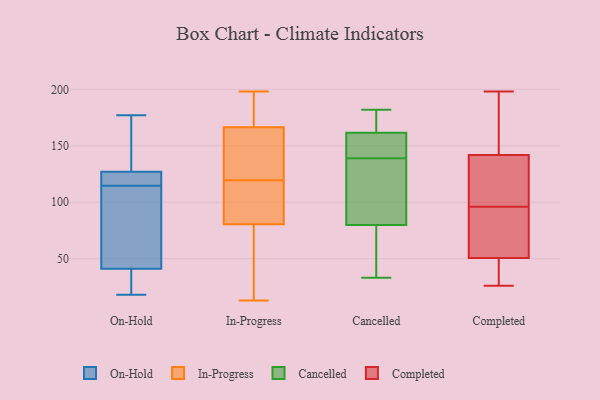
{"axis": {"x": "Satisfaction Score", "y": "Value"}, "legend": ["Cancelled", "Completed", "In-Progress", "On-Hold"], "data": [{"x": "", "y": 28, "type": "On-Hold"}, {"x": "", "y": 177, "type": "On-Hold"}, {"x": "", "y": 18, "type": "On-Hold"}, {"x": "", "y": 88, "type": "On-Hold"}, {"x": "", "y": 41, "type": "On-Hold"}, {"x": "", "y": 168, "type": "On-Hold"}, {"x": "", "y": 125, "type": "On-Hold"}, {"x": "", "y": 112, "type": "On-Hold"}, {"x": "", "y": 127, "type": "On-Hold"}, {"x": "", "y": 117, "type": "On-Hold"}, {"x": "", "y": 198, "type": "In-Progress"}, {"x": "", "y": 121, "type": "In-Progress"}, {"x": "", "y": 97, "type": "In-Progress"}, {"x": "", "y": 118, "type": "In-Progress"}, {"x": "", "y": 183, "type": "In-Progress"}, {"x": "", "y": 13, "type": "In-Progress"}, {"x": "", "y": 150, "type": "In-Progress"}, {"x": "", "y": 152, "type": "In-Progress"}, {"x": "", "y": 96, "type": "In-Progress"}, {"x": "", "y": 65, "type": "In-Progress"}, {"x": "", "y": 55, "type": "In-Progress"}, {"x": "", "y": 181, "type": "In-Progress"}, {"x": "", "y": 168, "type": "Cancelled"}, {"x": "", "y": 154, "type": "Cancelled"}, {"x": "", "y": 35, "type": "Cancelled"}, {"x": "", "y": 33, "type": "Cancelled"}, {"x": "", "y": 151, "type": "Cancelled"}, {"x": "", "y": 103, "type": "Cancelled"}, {"x": "", "y": 139, "type": "Cancelled"}, {"x": "", "y": 100, "type": "Cancelled"}, {"x": "", "y": 164, "type": "Cancelled"}, {"x": "", "y": 182, "type": "Cancelled"}, {"x": "", "y": 73, "type": "Cancelled"}, {"x": "", "y": 173, "type": "Completed"}, {"x": "", "y": 108, "type": "Completed"}, {"x": "", "y": 54, "type": "Completed"}, {"x": "", "y": 153, "type": "Completed"}, {"x": "", "y": 110, "type": "Completed"}, {"x": "", "y": 40, "type": "Completed"}, {"x": "", "y": 198, "type": "Completed"}, {"x": "", "y": 58, "type": "Completed"}, {"x": "", "y": 96, "type": "Completed"}, {"x": "", "y": 75, "type": "Completed"}, {"x": "", "y": 26, "type": "Completed"}, {"x": "", "y": 138, "type": "Completed"}, {"x": "", "y": 31, "type": "Completed"}]}